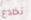
تخادع